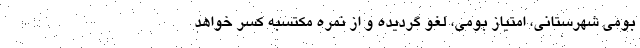
بومی شهرستانی، امتیاز بومی، لغو گردیده و از نمره مکتسبه کسر خواهد